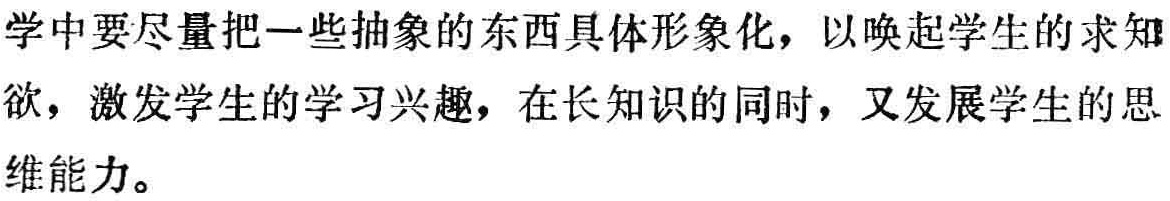
学中要尽量把一些抽象的东西具体形象化，以唤起学生的求知欲，激发学生的学习兴趣，在长知识的同时，又发展学生的思维能力。